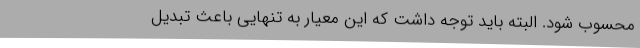
محسوب شود. البته باید توجه داشت که این معیار به تنهایی باعث تبدیل